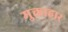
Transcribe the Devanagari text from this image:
मुक्ताहार